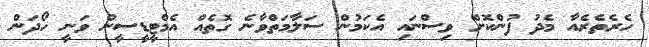
ހެރެތެރެއާ މެދު ފުންކޮށް ވިސްނައި އެކަމުން ސަލާމަތްވާނެ ގޮތެއް އެމްޓީީޑީސީން ވަނީ ހޯދަން